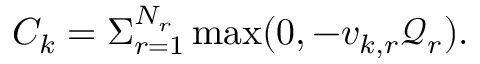
C _ { k } = \Sigma _ { r = 1 } ^ { N _ { r } } \operatorname* { m a x } ( 0 , - v _ { k , r } \mathcal { Q } _ { r } ) .